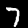
Label: 7